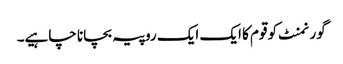
گورنمنٹ کو قوم کا ایک ایک روپیہ بچانا چاہیے۔